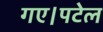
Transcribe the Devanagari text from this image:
गए।पटेल